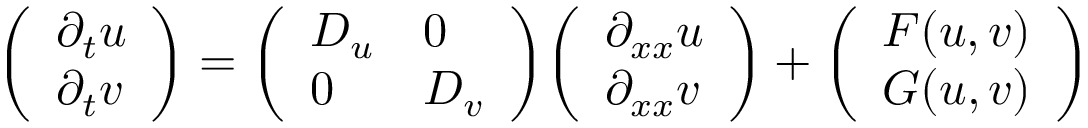
{ \left( \begin{array} { l } { \partial _ { t } u } \\ { \partial _ { t } v } \end{array} \right) } = { \left( \begin{array} { l l } { D _ { u } } & { 0 } \\ { 0 } & { D _ { v } } \end{array} \right) } { \left( \begin{array} { l } { \partial _ { x x } u } \\ { \partial _ { x x } v } \end{array} \right) } + { \left( \begin{array} { l } { F ( u , v ) } \\ { G ( u , v ) } \end{array} \right) }